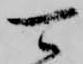
可